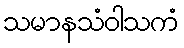
သမာနသံဝါသကံ